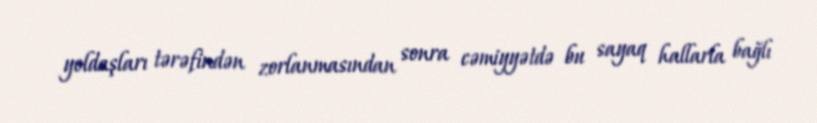
yoldaşları tərəfindən zorlanmasından sonra cəmiyyətdə bu sayaq hallarla bağlı